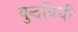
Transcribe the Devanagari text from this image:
युद्धविधी